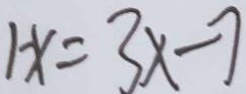
1 - x = 3 x - 7